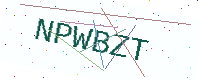
Text: NPWBZT